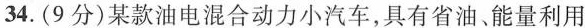
34.(9分)某款油电混合动力小汽车，具有省油，能量利用